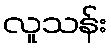
လူသန်း